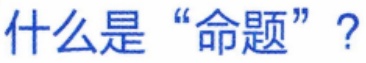
什么是“命题”？